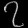
Digit: ၇